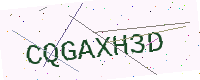
Text: CQGAXH3D